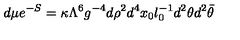
d \mu e ^ { - S } = \kappa \Lambda ^ { 6 } g ^ { - 4 } d \rho ^ { 2 } d ^ { 4 } x _ { 0 } l _ { 0 } ^ { - 1 } d ^ { 2 } \theta d ^ { 2 } \bar { \theta }